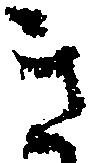
き